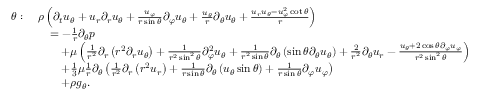
{ \begin{array} { r l } { \theta : \ } & { \rho \left( { \partial _ { t } u _ { \theta } } + u _ { r } { \partial _ { r } u _ { \theta } } + { \frac { u _ { \varphi } } { r \sin \theta } } { \partial _ { \varphi } u _ { \theta } } + { \frac { u _ { \theta } } { r } } { \partial _ { \theta } u _ { \theta } } + { \frac { u _ { r } u _ { \theta } - u _ { \varphi } ^ { 2 } \cot \theta } { r } } \right) } \\ & { \quad = - { \frac { 1 } { r } } { \partial _ { \theta } p } } \\ & { \qquad + \mu \left( { \frac { 1 } { r ^ { 2 } } } \partial _ { r } \left( r ^ { 2 } { \partial _ { r } u _ { \theta } } \right) + { \frac { 1 } { r ^ { 2 } \sin ^ { 2 } \theta } } { \partial _ { \varphi } ^ { 2 } u _ { \theta } } + { \frac { 1 } { r ^ { 2 } \sin \theta } } \partial _ { \theta } \left( \sin \theta { \partial _ { \theta } u _ { \theta } } \right) + { \frac { 2 } { r ^ { 2 } } } { \partial _ { \theta } u _ { r } } - { \frac { u _ { \theta } + 2 \cos \theta { \partial _ { \varphi } u _ { \varphi } } } { r ^ { 2 } \sin ^ { 2 } \theta } } \right) } \\ & { \qquad + { \frac { 1 } { 3 } } \mu { \frac { 1 } { r } } \partial _ { \theta } \left( { \frac { 1 } { r ^ { 2 } } } \partial _ { r } \left( r ^ { 2 } u _ { r } \right) + { \frac { 1 } { r \sin \theta } } \partial _ { \theta } \left( u _ { \theta } \sin \theta \right) + { \frac { 1 } { r \sin \theta } } { \partial _ { \varphi } u _ { \varphi } } \right) } \\ & { \qquad + \rho g _ { \theta } . } \end{array} }